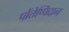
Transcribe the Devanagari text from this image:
पोंतेप्पिदान